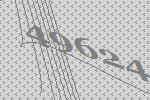
49624